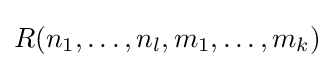
R(n_{1},\ldots ,n_{l},m_{1},\ldots ,m_{k})